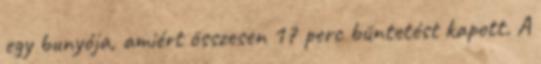
egy bunyója, amiért összesen 17 perc büntetést kapott. A